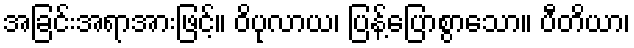
အခြင်းအရာအားဖြင့်။ ဝိပုလာယ၊ ပြန့်ပြောစွာသော။ ပီတိယာ၊